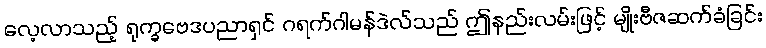
လေ့လာသည့် ရုက္ခဗေဒပညာရှင် ဂရက်ဂါမန်ဒဲလ်သည် ဤနည်းလမ်းဖြင့် မျိုးဗီဇဆက်ခံခြင်း